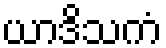
ယာဒိသကံ